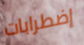
إضطرابات